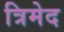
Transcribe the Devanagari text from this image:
त्रिमेद